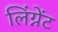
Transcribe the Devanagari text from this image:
लिंग्नेंट